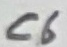
Text: C6